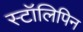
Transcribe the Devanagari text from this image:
स्टॉलिपिन